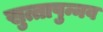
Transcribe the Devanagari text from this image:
सुत्तापुन्नव